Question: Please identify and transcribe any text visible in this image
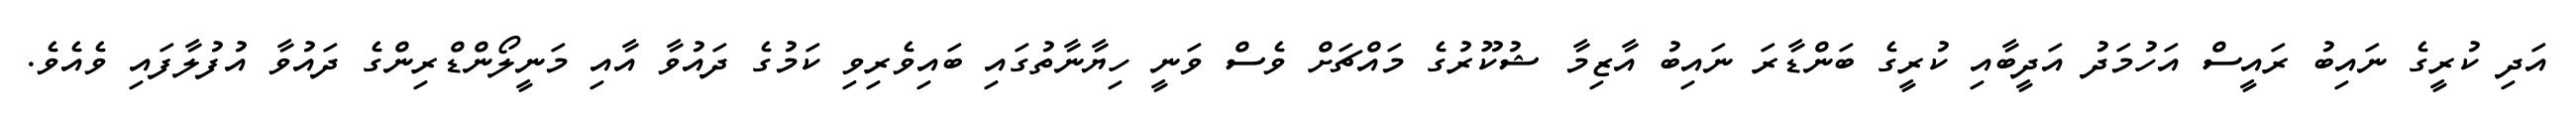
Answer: އަދި ކުރީގެ ނައިބު ރައީސް އަހުމަދު އަދީބާއި ކުރީގެ ބަންޑާރަ ނައިބު އާޒިމާ ޝުކޫރުގެ މައްޗަށް ވެސް ވަނީ ހިޔާނާތުގައި ބައިވެރިވި ކަމުގެ ދައުވާ އާއި މަނީލޯންޑްރިންގެ ދައުވާ އުފުލާފައި ވެއެވެ.